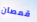
قمصان